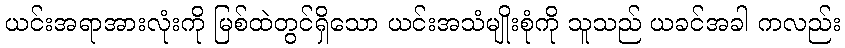
ယင်းအရာအားလုံးကို မြစ်ထဲတွင်ရှိသော ယင်းအသံမျိုးစုံကို သူသည် ယခင်အခါ ကလည်း